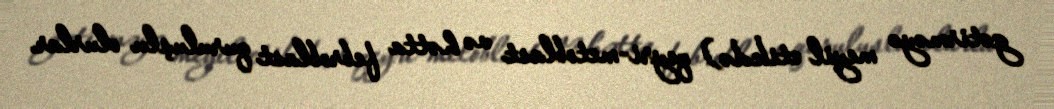
gətirməyə meyil etikdə) qeyri-metoblast və hətta febroblast quruluşlu olurlar.